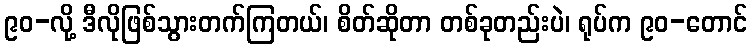
၉၀-လို့ ဒီလိုဖြစ်သွားတက်ကြတယ်၊ စိတ်ဆိုတာ တစ်ခုတည်းပဲ၊ ရုပ်က ၉၀-တောင်